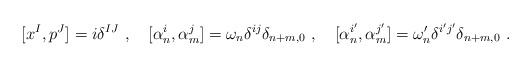
\begin{align*}[ x^I, p^J ] = i \delta^{IJ} ~,~~~[ \alpha^i_n, \alpha^j_m ] = \omega_n \delta^{ij} \delta_{n+m,0}~,~~~[ \alpha^{i'}_n, \alpha^{j'}_m ] = \omega'_n \delta^{i' j'} \delta_{n+m,0}~.\end{align*}